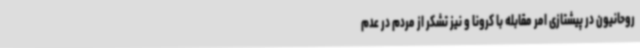
روحانیون در پیشتازی امر مقابله با کرونا و نیز تشکر از مردم در عدم